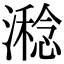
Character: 𣿇